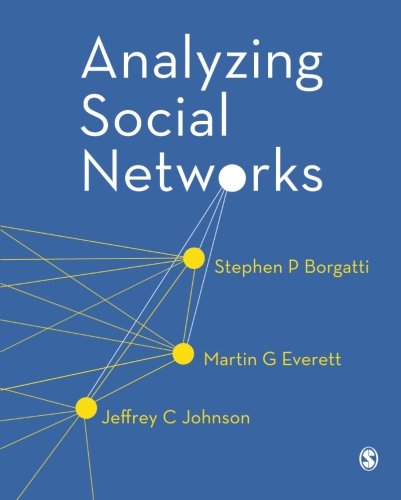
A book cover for Analyzing Social Networks; Stephen P Borgatti; Politics & Social Sciences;